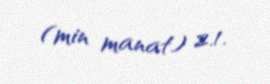
(min manat) 2.1.